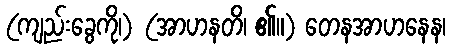
(ကျည်းခွေကို၊) (အာဟနတိ၊ ၏။) တေနအာဟနေန၊